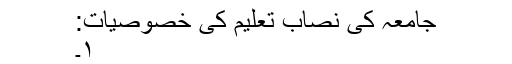
جامعہ کی نصاب تعلیم کی خصوصیات:
۱۔